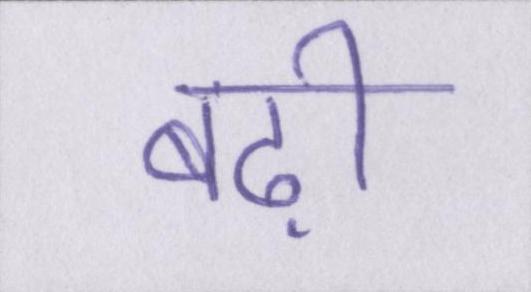
बढ़ी